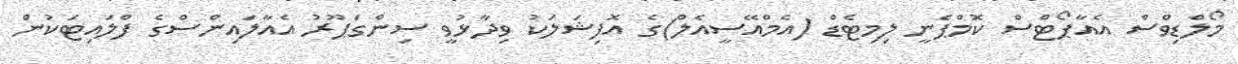
މޯލްޑިވްސް އެއާޕޯޓްސް ކޮމްޕެނީ ލިމިޓެޑް (އެމްއޭސީއެލް)ގެ އޮފިޝަލަކު ވިދާޅުވީ ސިންގަޕޫރު އެއާލައިންސްގެ ފްލައިޓަކުން